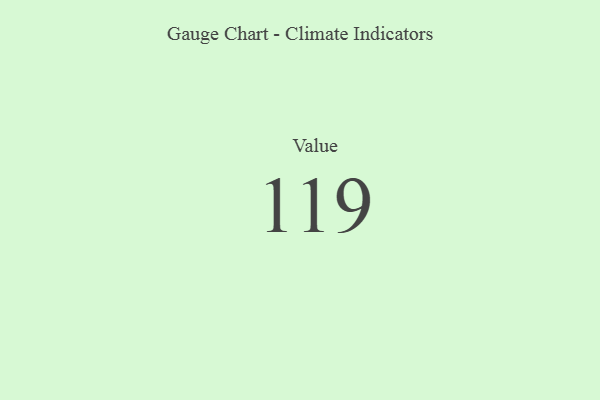
{"axis": {"x": "Metric", "y": "Value"}, "legend": [""], "data": [{"x": "Value", "y": 119, "type": ""}]}